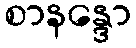
စာနန္ဒော